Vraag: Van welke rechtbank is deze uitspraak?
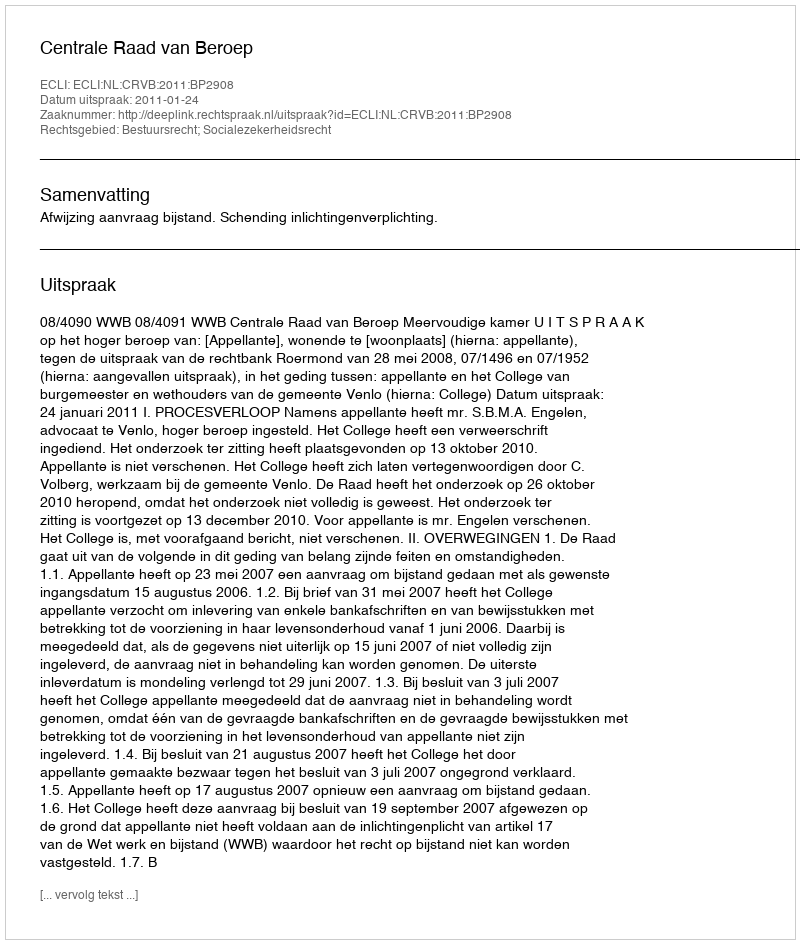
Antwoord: Centrale Raad van Beroep